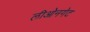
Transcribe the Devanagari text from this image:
लीओनगेट